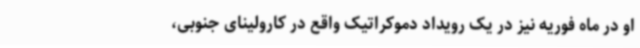
او در ماه فوریه نیز در یک رویداد دموکراتیک واقع در کارولینای جنوبی،